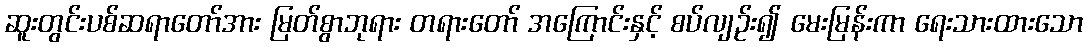
ဆူးတွင်းပစ်ဆရာတော်အား မြတ်စွာဘုရား တရားတော် အကြောင်းနှင့် စပ်လျဉ်း၍ မေးမြန်းကာ ရေးသားထားသော